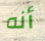
أنه